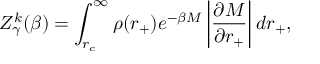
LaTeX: Z _ { \gamma } ^ { k } ( \beta ) = \int _ { r _ { c } } ^ { \infty } \rho ( r _ { + } ) e ^ { - \beta M } \left| \frac { \partial M } { \partial r _ { + } } \right| d r _ { + } ,